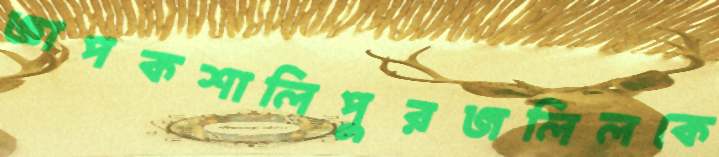
জ্ঞাপকশালিপুরজলিলকে